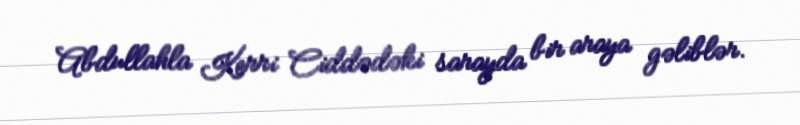
Abdullahla Kerri Ciddədəki sarayda bir araya gəliblər.